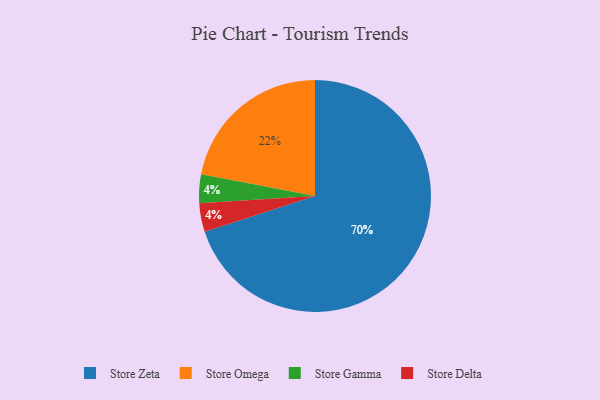
{"axis": {"x": "Category", "y": "Percentage"}, "legend": ["Store Delta", "Store Gamma", "Store Omega", "Store Zeta"], "data": [{"x": "Store Omega", "y": 22, "type": "Store Omega"}, {"x": "Store Gamma", "y": 4, "type": "Store Gamma"}, {"x": "Store Zeta", "y": 70, "type": "Store Zeta"}, {"x": "Store Delta", "y": 4, "type": "Store Delta"}]}